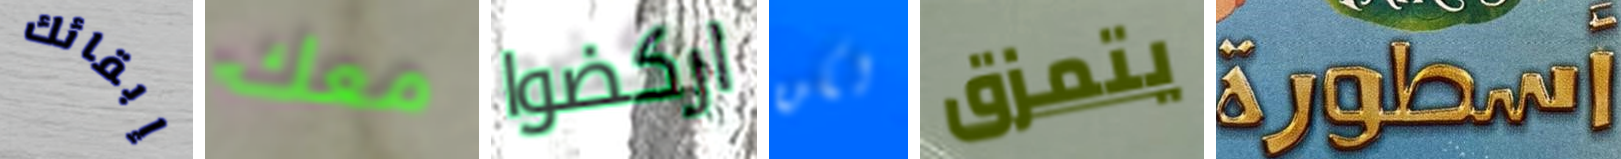
إبقائك معك اركضوا لكن يتمزق أسطورة